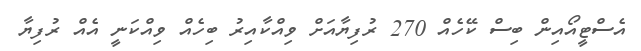
އެސްޓީއޯއިން ބިސް ކޭހެއް 270 ރުފިޔާއަށް ވިއްކާއިރު ބިހެއް ވިއްކަނީ އެއް ރުފިޔާ